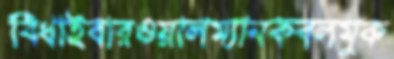
বিঁধাইবারওয়ালম্যানকবলমুক